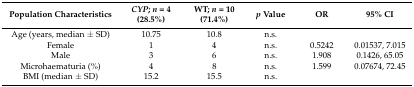
| Population Characteristics | CYP; n = 4 (28.5%) | WT; n = 10 (71.4%) | p Value | OR | 95% CI |
 | --- | --- | --- | --- | --- | --- |
 | Age (years, median ± SD) | 10.75 | 10.8 | n.s. |  |  |
 | Female | 1 | 4 | n.s. | 0.5242 | 0.01537, 7.015 |
 | Male | 3 | 6 | n.s. | 1.908 | 0.1426, 65.05 |
 | Microhaematuria (%) | 4 | 8 | n.s. | 1.599 | 0.07674, 72.45 |
 | BMI (median ± SD) | 15.2 | 15.5 | n.s. |  |  |